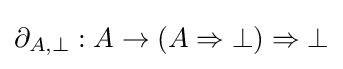
\partial _{A,\bot }:A\to (A\Rightarrow \bot )\Rightarrow \bot